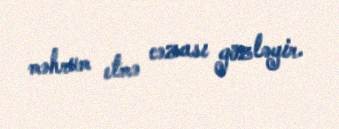
məhrum etmə cəzası gözləyir.